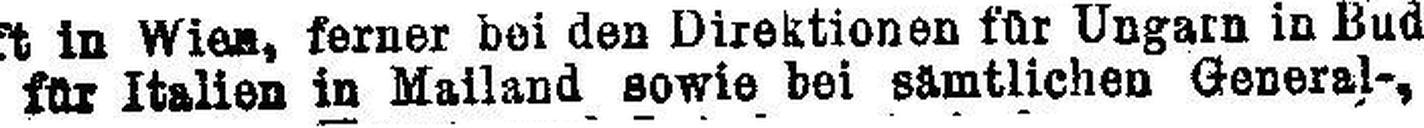
für Italien in Mailand sowie bei sämtlichen General-,